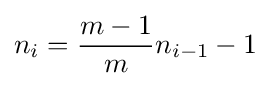
n_{i}={\frac {m-1}{m}}n_{i-1}-1